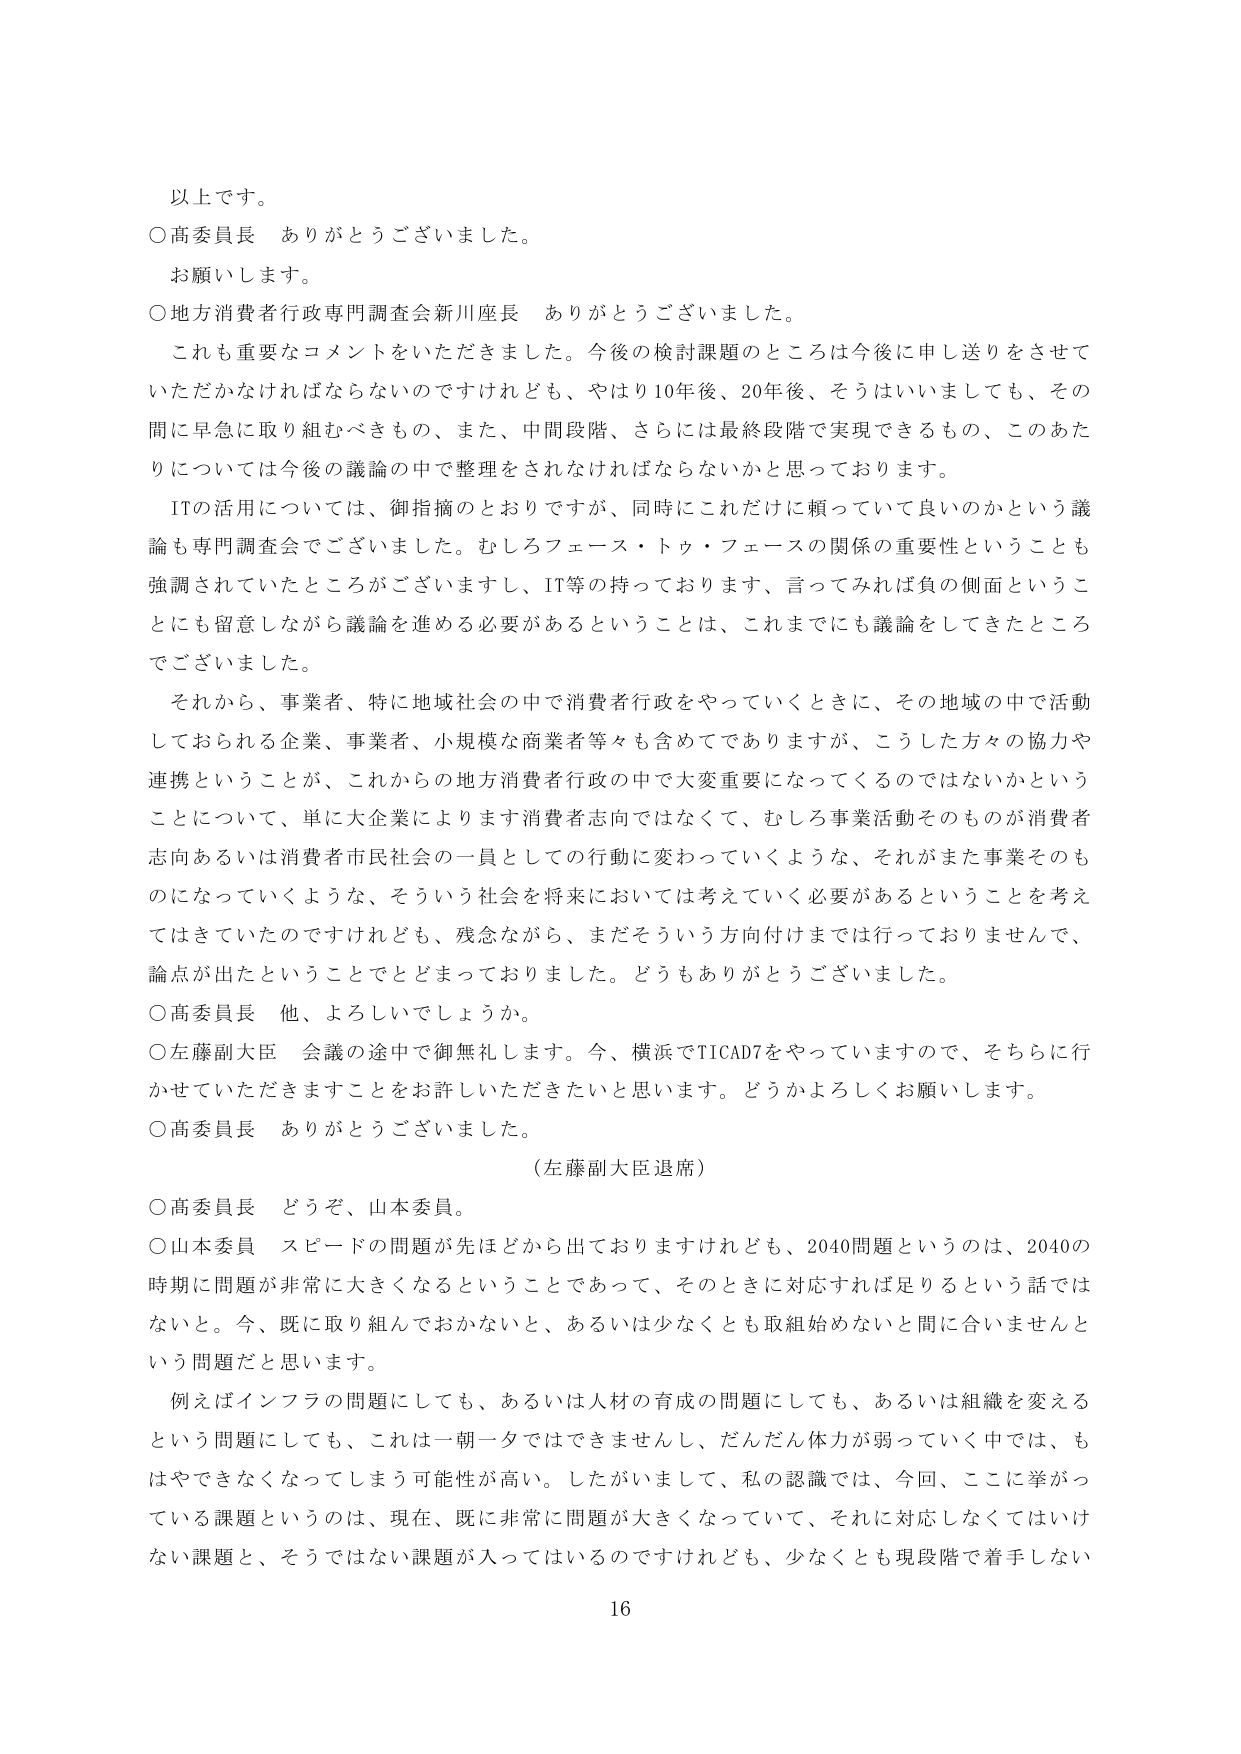
以上です。

○高委員長　ありがとうございました。
お願いします。

○地方消費者行政専門調査会新川座長　ありがとうございました。
これも重要なコメントをいただきました。今後の検討課題のところは今後に申し送りをさせていただかなければならないのですけれども、やはり10年後、20年後、そうはいいましても、その間に早急に取り組むべきもの、また、中間段階、さらには最終段階で実現できるもの、このあたりについては今後の議論の中で整理をされなければならないかと思っております。
ITの活用については、御指摘のとおりですが、同時にこれだけに頼っていて良いのかという議論も専門調査会でございました。むしろフェース・トゥ・フェースの関係の重要性ということも強調されていたところがございますし、IT等の持っております、言ってみれば負の側面ということにも留意しながら議論を進める必要があるということは、これまでにも議論をしてきたところでございました。
それから、事業者、特に地域社会の中で消費者行政をやっていくときに、その地域の中で活動しておられる企業、事業者、小規模な商業者等々も含めてでありますが、こうした方々の協力や連携ということが、これからの地方消費者行政の中で大変重要になってくるのではないかということについて、単に大企業によります消費者志向ではなくて、むしろ事業活動そのものが消費者志向あるいは消費者市民社会の一員としての行動に変わっていくような、それがまた事業そのものになっていくような、そういう社会を将来においては考えていく必要があるということを考えてはきていたのですけれども、残念ながら、まだそういう方向付けまでは行っておりませんで、論点が出たということでとどまっておりました。どうもありがとうございました。

○高委員長　他、よろしいでしょうか。

○左藤副大臣　会議の途中で御無礼します。今、横浜でTICAD7をやっていますので、そちらに行かせていただきますことをお許しいただきたいと思います。どうかよろしくお願いします。

○高委員長　ありがとうございました。
（左藤副大臣退席）

○高委員長　どうぞ、山本委員。

○山本委員　スピードの問題が先ほどから出ておりますけれども、2040問題というのは、2040の時期に問題が非常に大きくなるということであって、そのときに対応すれば足りるという話ではないと。今、既に取り組んでおかないと、あるいは少なくとも取組始めないと間に合いませんという問題だと思います。
例えばインフラの問題にしても、あるいは人材の育成の問題にしても、あるいは組織を変えるという問題にしても、これは一朝一夕ではできませんし、だんだん体力が弱っていく中では、もはやできなくなってしまう可能性が高い。したがいまして、私の認識では、今回、ここに挙がっている課題というのは、現在、既に非常に問題が大きくなっていて、それに対応しなくてはいけない課題と、そうではない課題が入ってはいるのですけれども、少なくとも現段階で着手しない

16